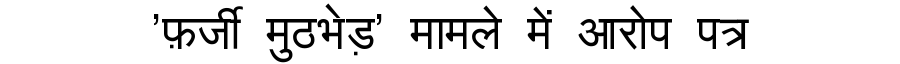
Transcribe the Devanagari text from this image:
'फ़र्जी मुठभेड़' मामले में आरोप पत्र